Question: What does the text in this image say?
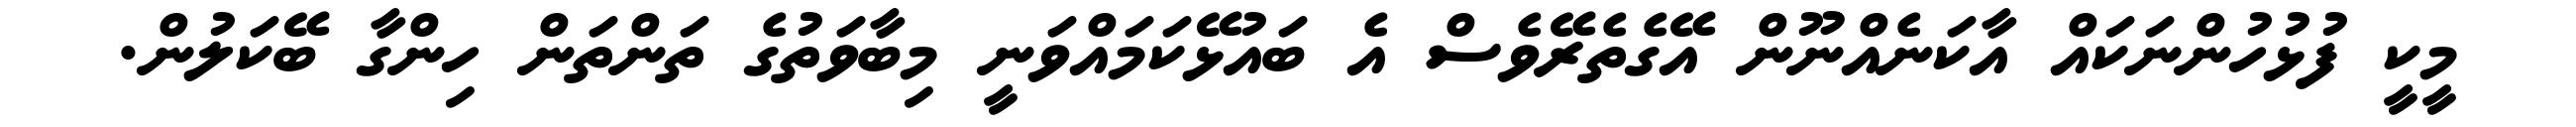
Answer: މީކީ ފުޅުހުންނަކައް އާކަނެއްނޫން އޭގެތެރޭވެސް އެ ބައުޅޭކަމައްވަނީ މިބާވަތުގެ ތަންތަން ހިންގާ ބޭކަލުން.